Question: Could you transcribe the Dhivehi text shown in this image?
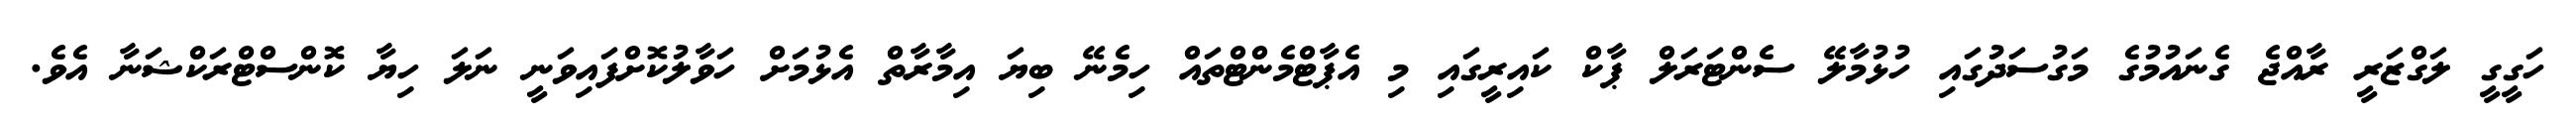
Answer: ހަގީގީ ލަގްޒަރީ ރާއްޖެ ގެނައުމުގެ މަގުސަދުގައި ހުޅުމާލޭ ސެންޓަރަލް ޕާކް ކައިރީގައި މި އެޕާޓްމެންޓްތައް ހިމެނޭ ބިޔަ އިމާރާތް އެޅުމަށް ހަވާލުކޮށްފައިވަނީ ނަލަ ހިޔާ ކޮންސްޓްރަކްޝަނާ އެވެ.